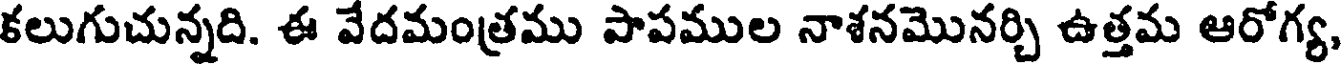
కలుగుచున్నది. ఈ వేదమంత్రము పాపముల నాశనమొనర్చి ఉత్తమ ఆరోగ్య,